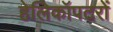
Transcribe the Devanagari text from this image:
हेलिकॉपटरों